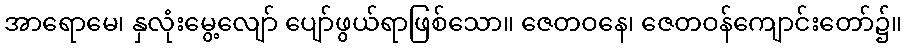
အာရောမေ၊ နှလုံးမွေ့လျော် ပျော်ဖွယ်ရာဖြစ်သော။ ဇေတဝနေ၊ ဇေတဝန်ကျောင်းတော်၌။